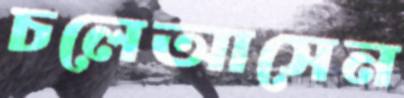
চলেআসেন